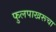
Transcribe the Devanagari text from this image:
फुलपाखरूचा